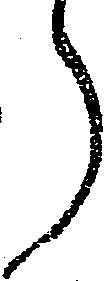
ら